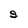
Character: S